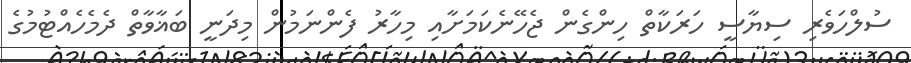
ސުލްހަވެރި ސިޔާސީ ހަރަކާތް ހިންގެން ޖެހޭނެކަމަށާއި މިހާރު ފެންނަމުން މިދަނީ ބަޣާވާތް ދެމެހެއްޓުމުގެ